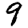
Digit: 9